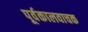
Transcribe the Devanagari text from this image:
पूर्वकालवाचक